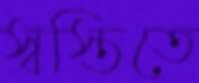
স্বস্তিতে